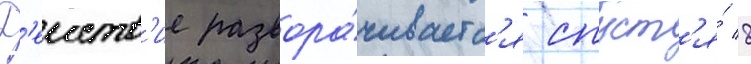
Д'еиств'ие развора́чиваетс'я спуст'я́ 8